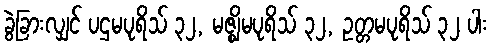
ခွဲခြားလျှင် ပဌမပုရိသ် ၃၂, မဇ္ဈိမပုရိသ် ၃၂, ဥတ္တမပုရိသ် ၃၂ ပါး